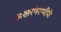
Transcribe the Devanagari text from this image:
अक्षरपेरणीने